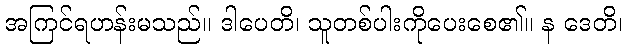
အကြင်ရဟန်းမသည်။ ဒါပေတိ၊ သူတစ်ပါးကိုပေးစေ၏။ န ဒေတိ၊